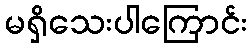
မရှိသေးပါကြောင်း